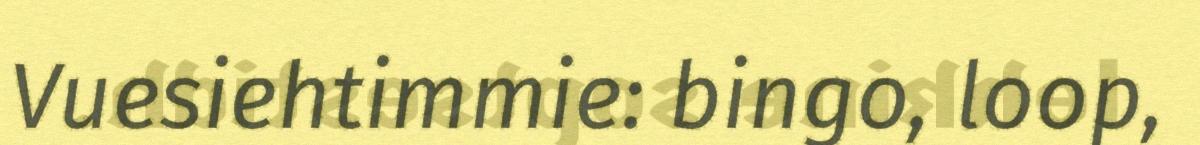
Vuesiehtimmie: bingo, loop,